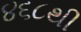
૪૬૮થી